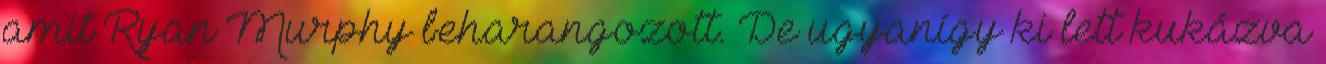
amit Ryan Murphy beharangozott. De ugyanígy ki lett kukázva